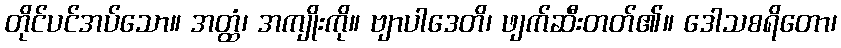
တိုင်ပင်အပ်သော။ အတ္ထံ၊ အကျိုးကို။ ဗျာပါဒေတိ၊ ဖျက်ဆီးတတ်၏။ ဒေါသစရိတော၊